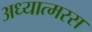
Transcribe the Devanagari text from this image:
अध्यात्मरस